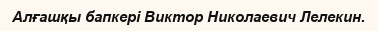
Алғашқы бапкері Виктор Николаевич Лелекин.